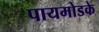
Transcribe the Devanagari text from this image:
पायमोडके